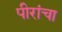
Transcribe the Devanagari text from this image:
पीरांचा